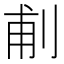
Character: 𠜙